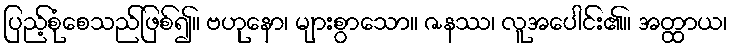
ပြည့်စုံစေသည်ဖြစ်၍။ ဗဟုနော၊ များစွာသော။ ဇနဿ၊ လူအပေါင်း၏။ အတ္ထာယ၊